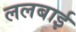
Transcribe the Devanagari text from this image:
ललबाई